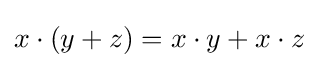
x\cdot (y+z)=x\cdot y+x\cdot z